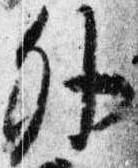
外